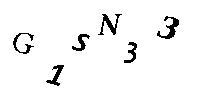
G1SN33